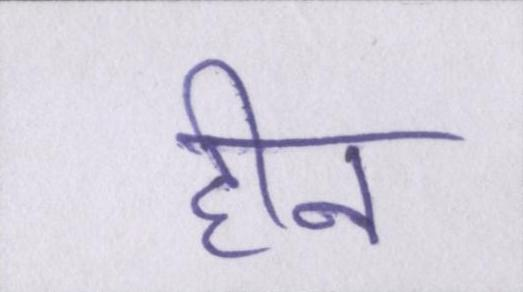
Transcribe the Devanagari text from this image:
हीन